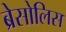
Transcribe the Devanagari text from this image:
ब्रेसोलिस